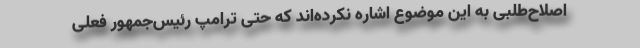
اصلاح‌طلبی به این موضوع ‌اشاره نکرده‌اند که حتی ترامپ رئیس‌جمهور فعلی